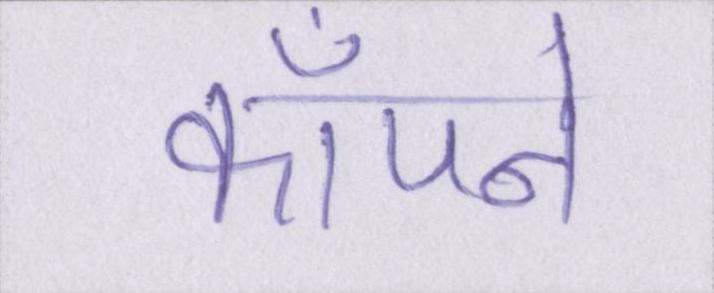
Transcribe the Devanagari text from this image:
काँपने